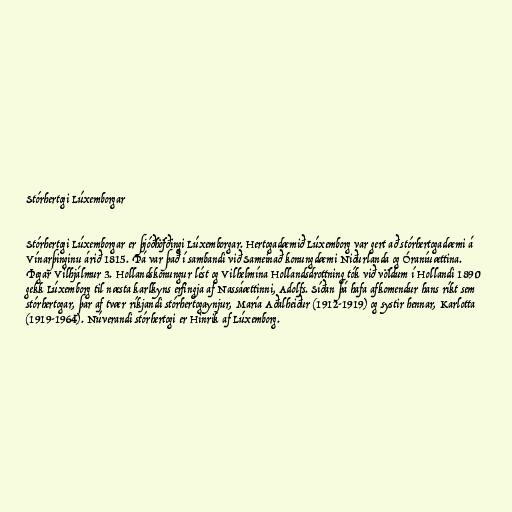
Stórhertogi Lúxemborgar

Stórhertogi Lúxemborgar er þjóðhöfðingi Lúxemborgar. Hertogadæmið Lúxemborg var gert að stórhertogadæmi á
Vínarþinginu árið 1815. Þá var það í sambandi við Sameinað konungdæmi Niðurlanda og Óraníuættina.
Þegar Vilhjálmur 3. Hollandskonungur lést og Vilhelmína Hollandsdrottning tók við völdum í Hollandi 1890
gekk Lúxemborg til næsta karlkyns erfingja af Nassáættinni, Adolfs. Síðan þá hafa afkomendur hans ríkt sem
stórhertogar, þar af tvær ríkjandi stórhertogaynjur, María Aðalheiður (1912-1919) og systir hennar, Karlotta
(1919-1964). Núverandi stórhertogi er Hinrik af Lúxemborg.